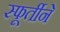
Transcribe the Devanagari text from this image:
स्फूर्तीने